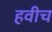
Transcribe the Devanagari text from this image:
हवीच